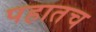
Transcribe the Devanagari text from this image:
पहातच